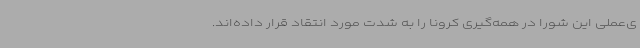
ی‌عملی این شورا در همه‌گیری کرونا را به شدت مورد انتقاد قرار داده‌اند.